Rapla_vallavalitsus, lk 40
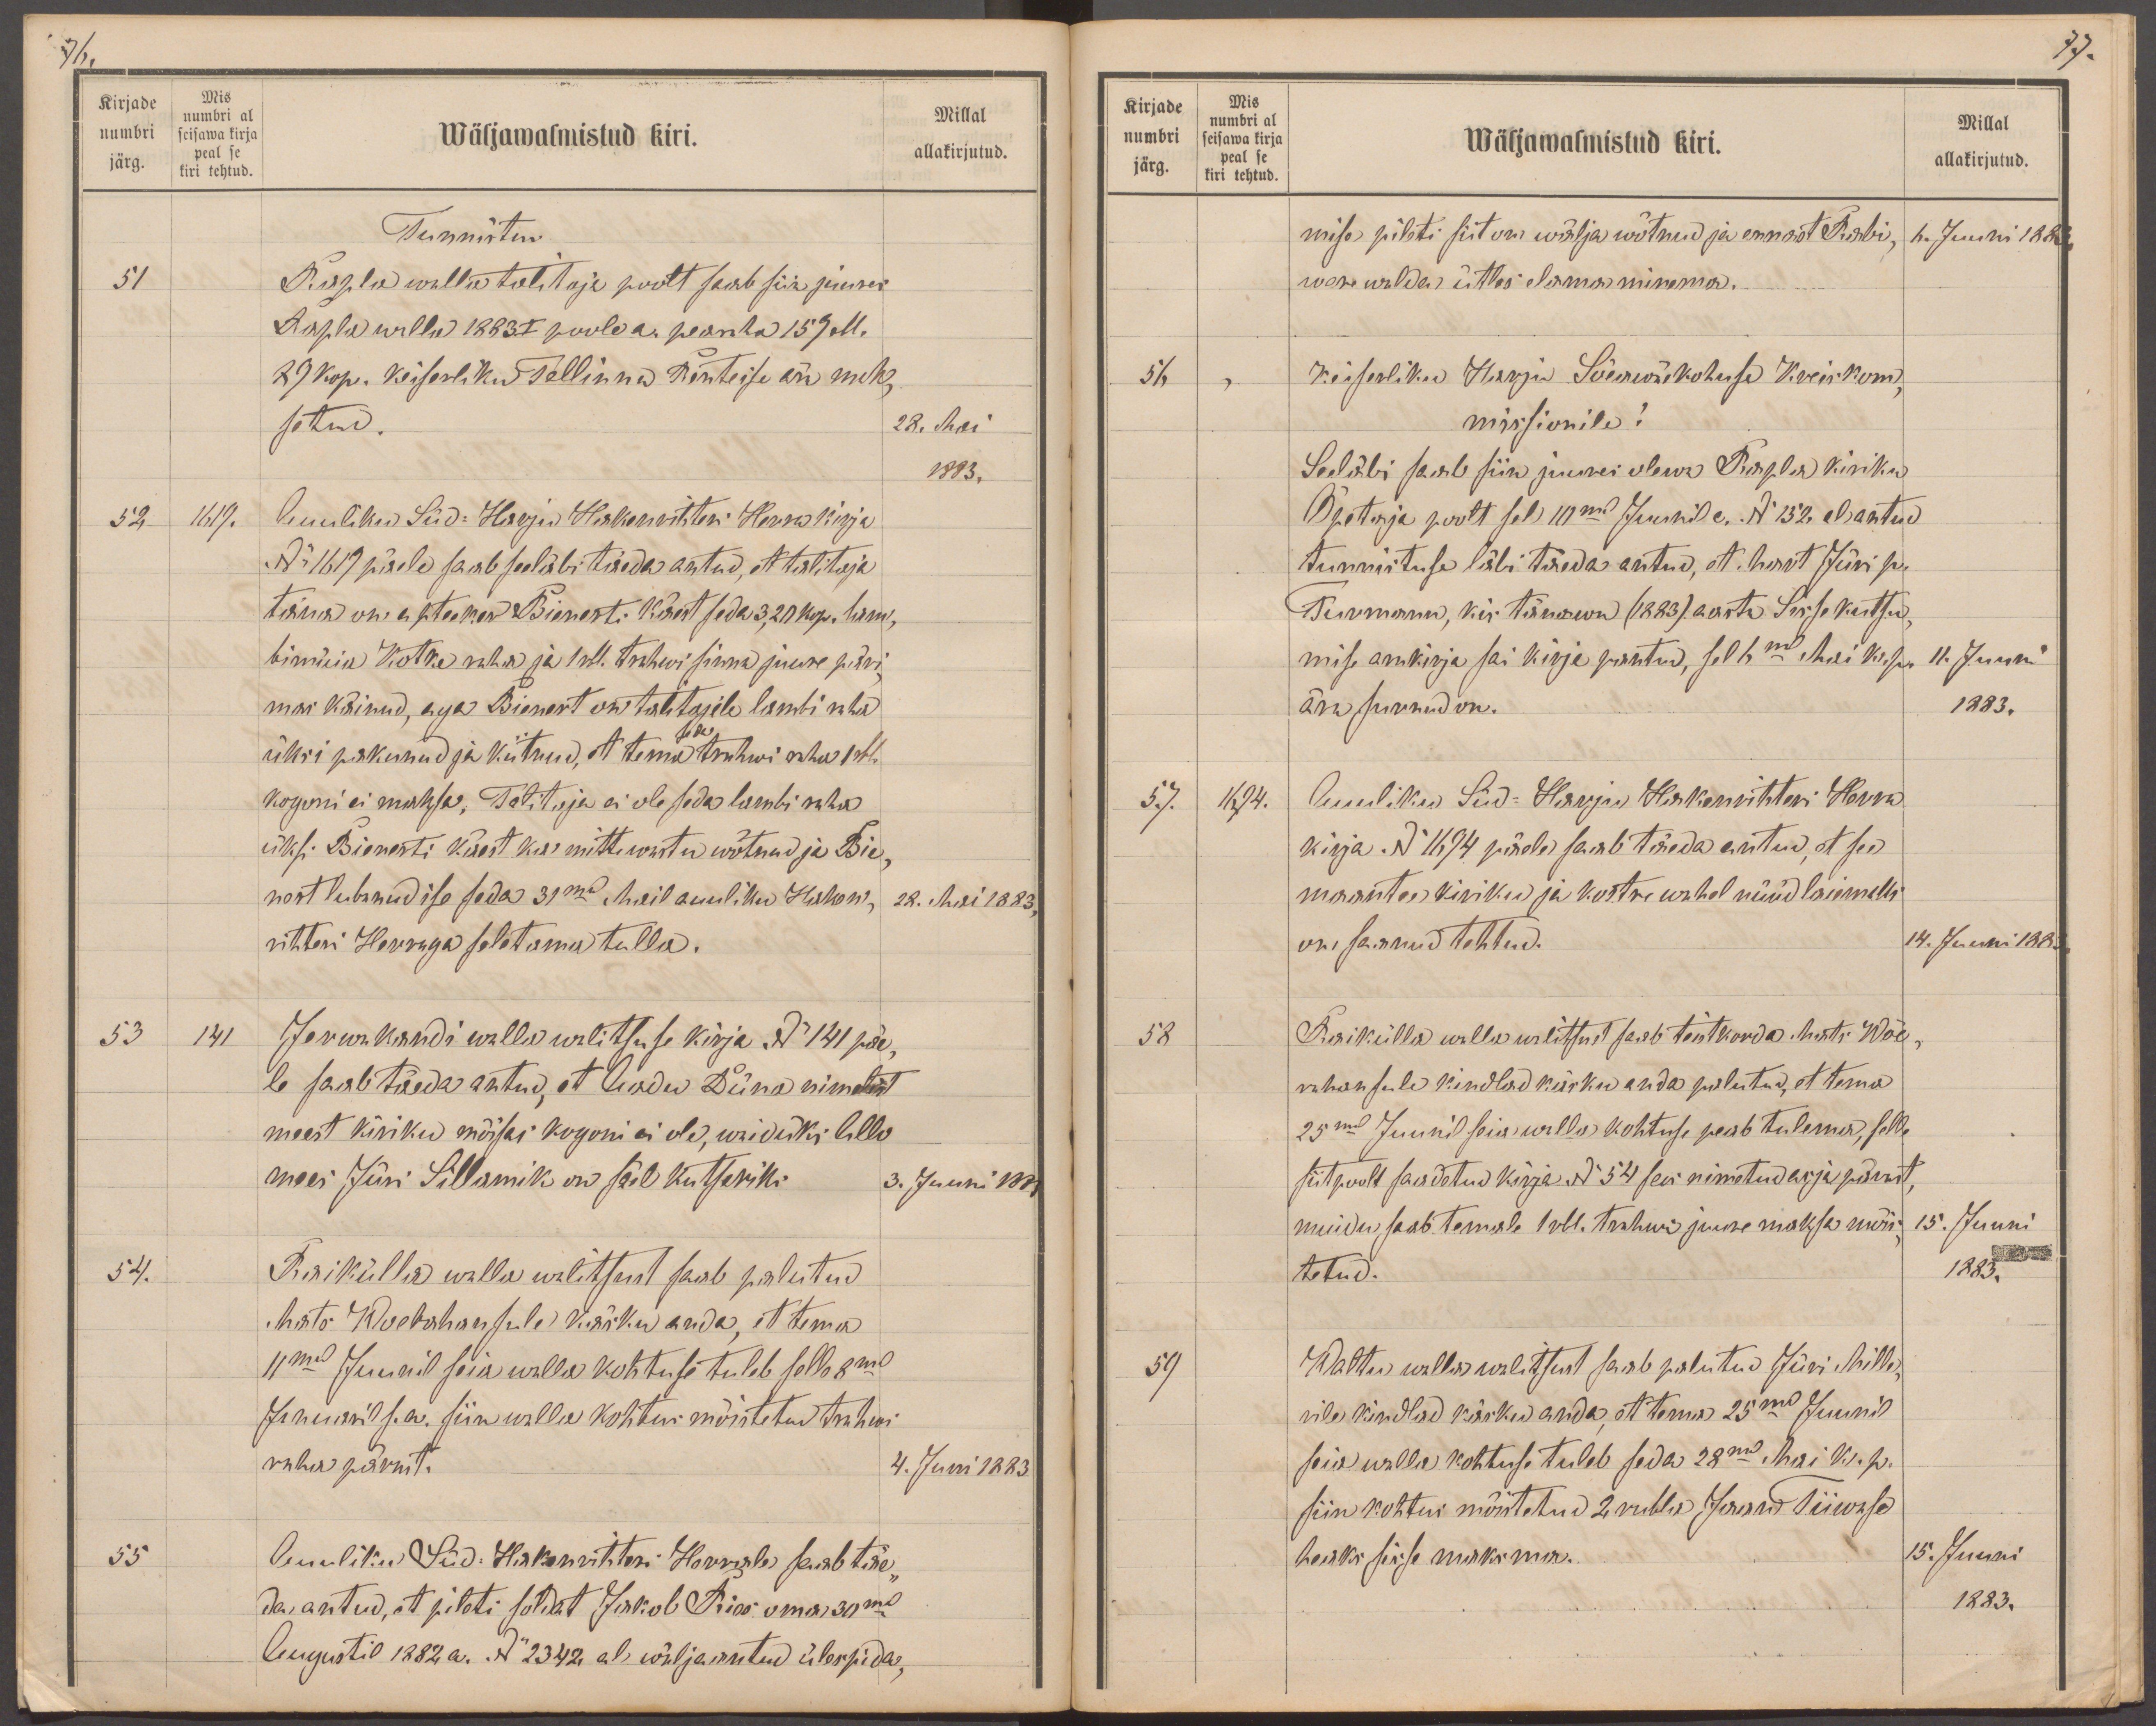
76.
Kirjade
Mis
Millal
numbri
numbri al
seisawa kirja
Wäljawalmistud kiri.
järg.
peale se
kiri tehtud
allakirjutud.
Tunnistus
51
Rapla walla talitaja poolt saab siin juures
Rapla walla 1883 I poole a. pearaha 159 rbl.
89 kop. Keiserliku Tallinna Renteise ära mak-
setud.
28. Mai
1883.
52
1619.
Auuliku Süd-Harju Hakenrihteri Herra Kirja
No 1619 päele saab seeläbi täeda antud, et talitaja
täna on apteeker Bienerti käest seda 3,20 kop. lam
bimüia Kotke raha ja 1 rbl. trahwi sinna juure päri-
mas käinud, aga Bienert on talitajale lambi raha
seda
üksi pakunud ja kiitnud, et tema trahwi raha 1 rbl
kogoni ei maksa. Talitaja ei ole seda lambi raha
üksi Bienerti käest ka mitte wastu wõtnud ja Bie-
nert lubanud ise seda 31mal Mail auuliku Haken-
28. Mai 1883.
rihteri Herraga seletama tulla.
53
141
Jerwakandi walla walitsuse kirja No 141 päe-
le saab täeda antud, et Aadu Düna nimelist
meest kiriku mõisas kogoni ei ole, waid üks Allo
mees Jüri Sillamik on säel kutsariks
3. Juuni 1883
54.
Raikülla walla walitsust saab palutud
Mats Woerahansule käsku anda, et tema
11ma Juunil seia walla kohtuse tuleb selle 8ma
Januaril s.a. siin walla kohtus mõntetud trahwi
rahu pärast.
4. Juni 1883
55
Auuliku Süd: Hakenrihteri Herrale saab täe
da antud, et pileti soldat Jakob Ries oma 30mal
Augustil 1882 a. No 2342 al wälja antud ülespida

77.
Kirjade
Mis
numbri
numbri al
seisawa kirja
Wäljawalmistud kiri.
Millal
järg.
peale se
kiri tehtud.
allakirjutud.
mise pileti siit on wälja wõtnud ja ennast Rabi,
6. Juuni 1883.
were walda ütles elama minema.
56
Keiserliku Harju Sõeawäekohuse Kreiskom-
missionile!
Seeläbi saab siin juures olewa Rapla kiriku
Õpataja poolt sel 10mal Juunil c. No 132 al antud
tunnistuse läbi täeda antud, et Mart Jürri p.
Turmann, kes tänawu (1883) aasta Sisse kutsu-
mise arukirja sai kirja pantud, sel 6ma Mai k. p.
11. Juuni
ära surnud on.
1883.
57.
1694.
Auuliku Süd-Harju Hakenrihteri Herra
kirja. No 1694 päele saab täeda antud, et see
maantee kiriku ja kostre wahel nüüd laiemaks
on saanud tehtud.
14. Juuni 1883
58
Raikülla walla walitsust saab teistkorda Mart Wõe
rahansule kindlad käsku anda palutud, et tema
25mal Juunil seia walla kohtuse peab tulema, selle
siitpoolt saadatud kirja No 54 sees nimetud asja pärast,
muidu saab temale 1 rbl. trahwi juure maksa mõi-
15. Juuni
tetud.
1883.
59
Waltu walla walitsust saab palutud Jüri Mille
rile kindlad käsku anda, et tema 25mal Juunil
seia walla kohtuse tuleb seda 28mal Mai k. p.
siin kohtus mõistetud 2 rubla Jaan Tiiwase
heaks sisse maksma.
15. Juuni
1883.